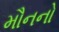
મૌનનો